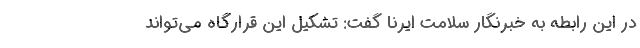
در این رابطه به خبرنگار سلامت ایرنا گفت: تشکیل این قرارگاه می‌تواند